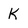
Character: K